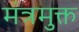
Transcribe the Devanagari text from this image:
मंत्रमुक्त